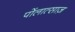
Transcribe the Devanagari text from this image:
पोंलात्साज़